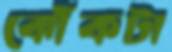
ঝোঁকটা